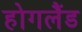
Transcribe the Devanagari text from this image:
होगलैंड